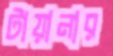
টায়ানার